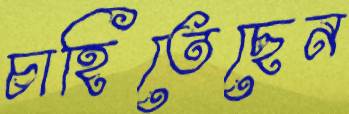
চাহিতেছেন